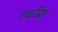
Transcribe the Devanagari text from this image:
एकत्रित्